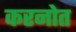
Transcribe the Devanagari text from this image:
करनोत